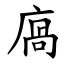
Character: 㢐